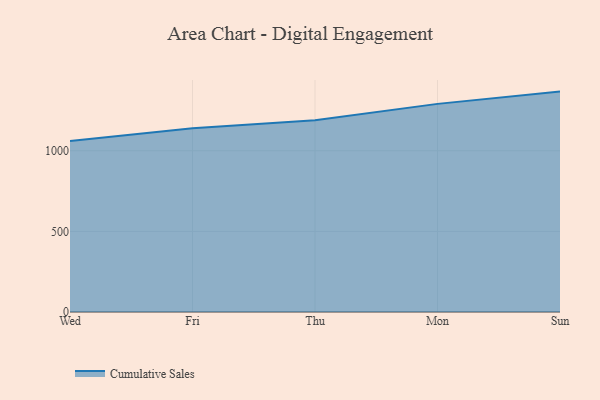
{"axis": {"x": "Day", "y": "Shipments"}, "legend": ["Cumulative Sales"], "data": [{"x": "Wed", "y": 1060.1, "type": "Cumulative Sales"}, {"x": "Fri", "y": 1139.2, "type": "Cumulative Sales"}, {"x": "Thu", "y": 1188.8, "type": "Cumulative Sales"}, {"x": "Mon", "y": 1290.9, "type": "Cumulative Sales"}, {"x": "Sun", "y": 1367.0, "type": "Cumulative Sales"}]}